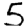
Digit: 5